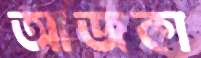
আজকা